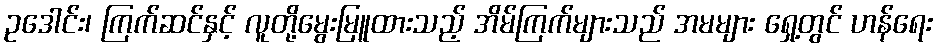
ဥဒေါင်း၊ ကြက်ဆင်နှင့် လူတို့မွေးမြူထားသည့် အိမ်ကြက်များသည် အမများ ရှေ့တွင် ဟန်ရေး